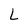
Character: L